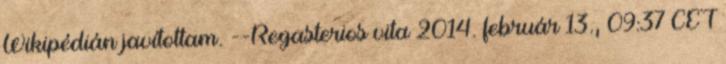
Wikipédián javítottam. --Regasterios vita 2014. február 13., 09:37 CET